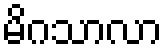
မိဂသာလာ